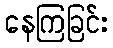
နေကြခြင်း